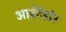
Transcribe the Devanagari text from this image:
आवेंटेडोर